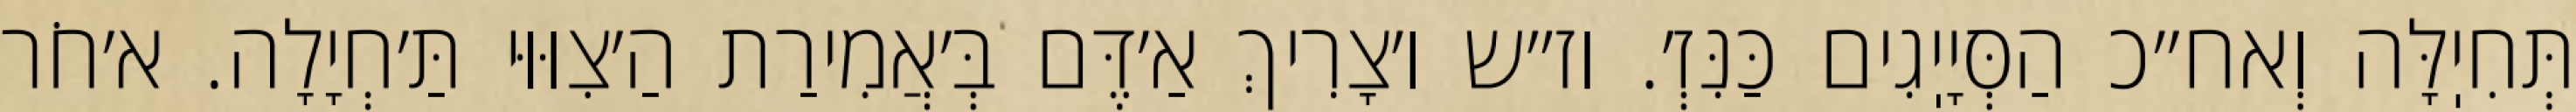
תְּחִיֽלָּה וְאח״כ הַסְּיָיֽגִים כַּנִּזְ׳. וז״ש ו׳צָרִיךְ אַ׳דֶּם בְּ׳אֲמִירַת הַ׳צִוּוּי תַּ׳חְיָלָה. א׳חֹר